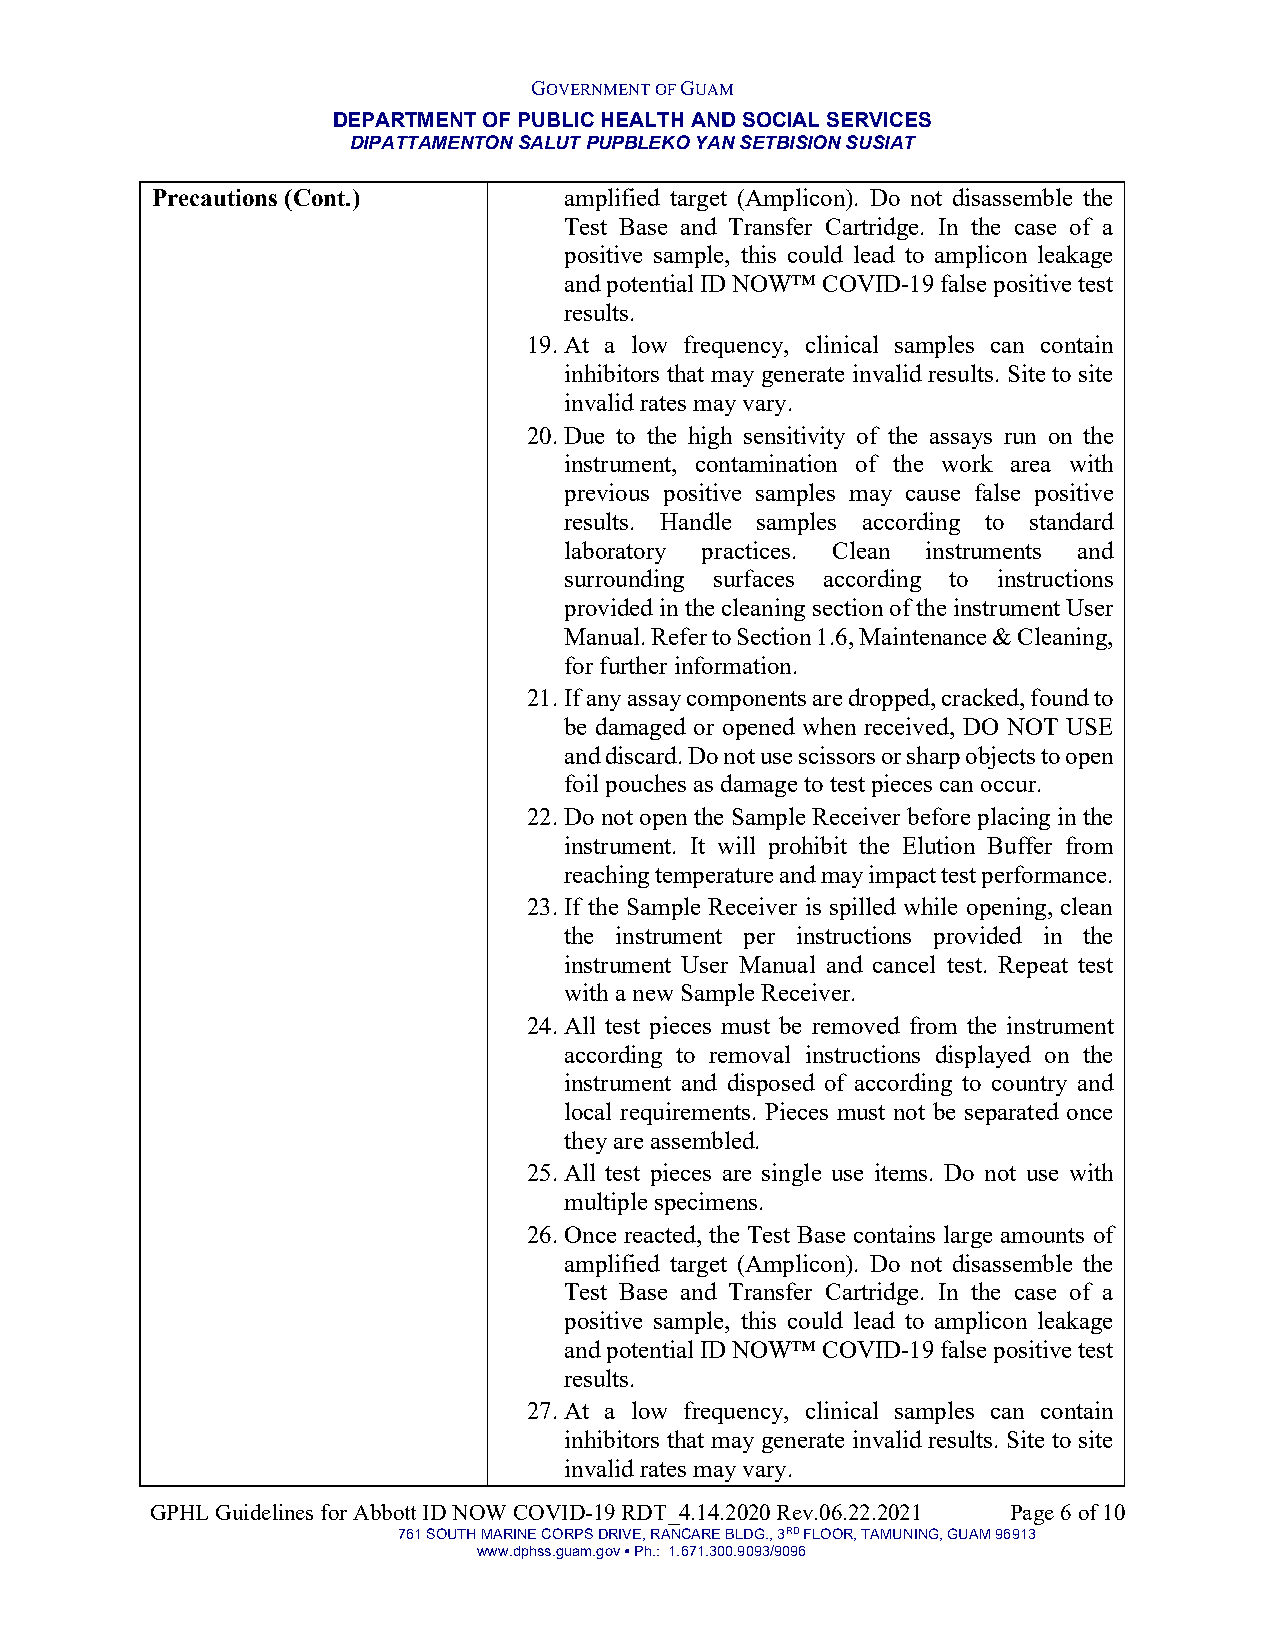
GOVERNMENT OF GUAM
 DEPARTMENT OF PUBLIC HEALTH AND SOCIAL SERVICES
 DIPATTAMENTON SALUT PUPBLEKO YAN SETBISION SUSIAT
 Precautions (Cont.)        amplified target (Amplicon). Do not disassemble the
 Test Base and Transfer Cartridge. In the case of a
 positive sample, this could lead to amplicon leakage
 and potential ID NOW™ COVID-19 false positive test
 results.
 19. At a low frequency, clinical samples can contain
 inhibitors that may generate invalid results. Site to site
 invalid rates may vary.
 20. Due to the high sensitivity of the assays run on the
 instrument, contamination of the work area with
 previous positive samples may cause false positive
 results. Handle samples according to standard
 laboratory practices. Clean instruments and
 surrounding surfaces according to instructions
 provided in the cleaning section of the instrument User
 Manual. Refer to Section 1.6, Maintenance & Cleaning,
 for further information.
 21. If any assay components are dropped, cracked, found to
 be damaged or opened when received, DO NOT USE
 and discard. Do not use scissors or sharp objects to open
 foil pouches as damage to test pieces can occur.
 22. Do not open the Sample Receiver before placing in the
 instrument. It will prohibit the Elution Buffer from
 reaching temperature and may impact test performance.
 23. If the Sample Receiver is spilled while opening, clean
 the instrument per instructions provided in the
 instrument User Manual and cancel test. Repeat test
 with a new Sample Receiver.
 24. All test pieces must be removed from the instrument
 according to removal instructions displayed on the
 instrument and disposed of according to country and
 local requirements. Pieces must not be separated once
 they are assembled.
 25. All test pieces are single use items. Do not use with
 multiple specimens.
 26. Once reacted, the Test Base contains large amounts of
 amplified target (Amplicon). Do not disassemble the
 Test Base and Transfer Cartridge. In the case of a
 positive sample, this could lead to amplicon leakage
 and potential ID NOW™ COVID-19 false positive test
 results.
 27. At a low frequency, clinical samples can contain
 inhibitors that may generate invalid results. Site to site
 invalid rates may vary.
 GPHL Guidelines for Abbott ID NOW COVID-19 RDT_4.14.2020 Rev.06.22.2021 Page 6 of 10
 761 SOUTH MARINE CORPS DRIVE, RANCARE BLDG., 3RD FLOOR, TAMUNING, GUAM 96913
 www.dphss.guam.gov ● Ph.: 1.671.300.9093/9096